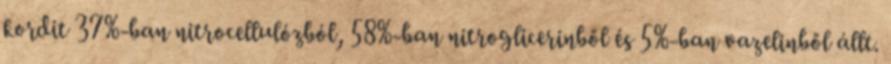
kordit 37%-ban nitrocellulózból, 58%-ban nitroglicerinből és 5%-ban vazelinből állt.